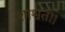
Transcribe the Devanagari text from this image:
शाश्वती।